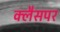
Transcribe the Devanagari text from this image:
क्लैसपर